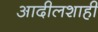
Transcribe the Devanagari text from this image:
आदीलशाही